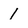
Character: 1